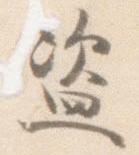
盗